Calcutta medical institutions reports 1879-81 [i.e.91]
Year: 1879
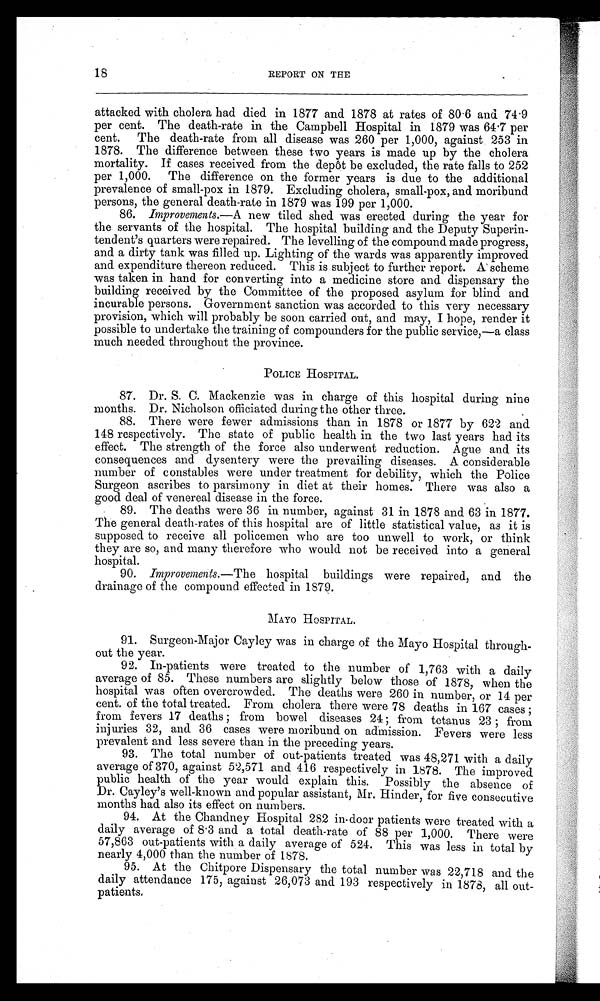
18
REPORT ON THE
attacked with cholera had died in 1877 and 1878 at rates of 80.6 and 74.9
per cent. The death-rate in the Campbell Hospital in 1879 was 64.7 per
cent. The death-rate from all disease was 260 per 1,000, against 253 in
1878. The difference between these two years is made up by the cholera
mortality. If cases received from the depôt be excluded, the rate falls to 252
per 1,000. The difference on the former years is due to the additional
prevalence of small-pox in 1879. Excluding cholera, small-pox, and moribund
persons, the general death-rate in 1879 was 199 per 1,000.
86. Improvements.—A new tiled shed was erected during the year for
the servants of the hospital. The hospital building and the Deputy Superin
- t e n d e n t ' s q u a r t e r s w e r e r e p a i r e d . T h e l e v e l l i n g o f t h e c o m p o u n d m a d e p r o g r e s s ,
and a dirty tank was filled up. Lighting of the wards was apparently improved
and expenditure thereon reduced. This is subject to further report. A scheme
was taken in hand for converting into a medicine store and dispensary the
building received by the Committee of the proposed asylum for blind and
incurable persons. Government sanction was accorded to this very necessary
provision, which will probably be soon carried out, and may, I hope, render it
possible to undertake the training of compounders for the public service,—a class
much needed throughout the province.
POLICE HOSPITAL.
87. Dr. S. C. Mackenzie was in charge of this hospital during nine
months. Dr. Nicholson officiated during the other three.
88. There were fewer admissions than in 1878 or 1877 by 622 and
148 respectively. The state of public health in the two last years had its
effect. The strength of the force also underwent reduction. Ague and its
consequences and dysentery were the prevailing diseases. A considerable
number of constables were under treatment for debility, which the Police
Surgeon ascribes to parsimony in diet at their homes. There was also a
good deal of venereal disease in the force.
89. The deaths were 36 in number, against 31 in 1878 and 63 in 1877.
The general death-rates of this hospital are of little statistical value, as it is
supposed to receive all policemen who are too unwell to work, or think
they are so, and many therefore who would not be received into a general
hospital.
90. Improvements.—The hospital buildings were repaired, and the
drainage of the compound effected in 1879.
MAYO HOSPITAL.
91. Surgeon-Major Cayley was in charge of the Mayo Hospital through--
out the year.
92. In-patients were treated to the number of 1,763 with a daily
average of 85. These numbers are slightly below those of 1878, when the
hospital was often overcrowded. The deaths were 260 in number, or 14 per
cent. of the total treated. From cholera there were 78 deaths in 167 cases;
from fevers 17 deaths; from bowel diseases 24; from tetanus 23; from
injuries 32, and 36 cases were moribund on admission. Fevers were less
prevalent and less severe than in the preceding years.
93. The total number of out-patients treated was 48,271 with a daily
average of 370, against 52,571 and 416 respectively in 1878. The improved
public health of the year would explain this. Possibly the absence of
Dr. Cayley's well-known and popular assistant, Mr. Hinder, for five consecutive
months had also its effect on numbers.
94. At the Chandney Hospital 282 in-door patients were treated with a
daily average of 8.3 and a total death-rate of 88 per 1,000. There were
57,863 out-patients with a daily average of 524. This was less in total by
nearly 4,000 than the number of 1878.
95. At the Chitpore Dispensary the total number was 22,718 and the
daily attendance 175, against 26,073 and 193 respectively in 1878, all out
- p a t i e n t s .